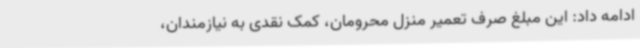
ادامه داد: این مبلغ صرف تعمیر منزل محرومان، کمک نقدی به نیازمندان،